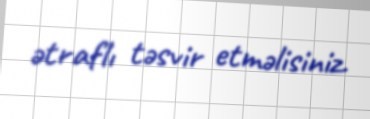
ətraflı təsvir etməlisiniz.